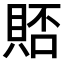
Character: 𫎗